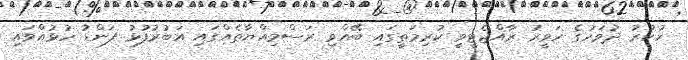
ހުކުރު ދުވަހުގެ ހަވީރު ރާއްޖެޓީވީ ކުރިމަތީގައި ބޭއްވި ރަސްމިއްޔާތެއްގައި އަބުރުފުޅު ފަންޑު ހުޅުއްވައި